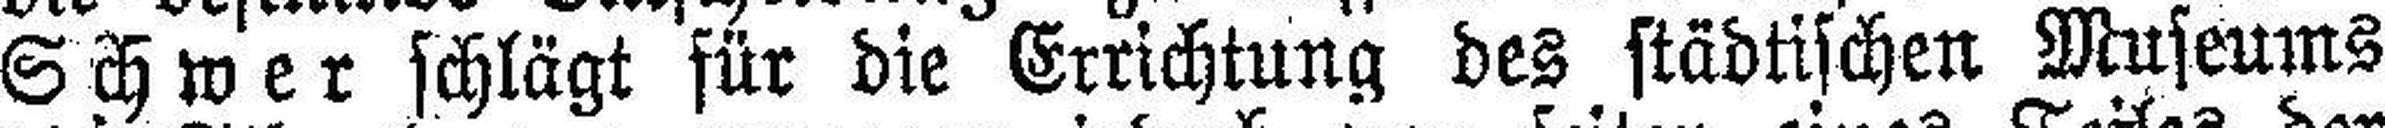
Schwer schlägt für die Errichtung des städtischen Museums